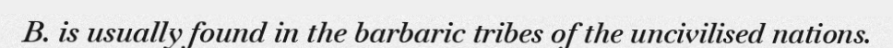
B. is usually found in the barbaric tribes of the uncivilised nations.